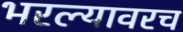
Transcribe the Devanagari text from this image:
भरल्यावरच